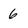
Character: 6